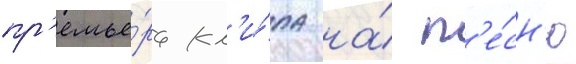
пр'емье́ра кл'и́па на́ п'е́сн'ю